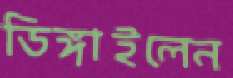
ডিঙ্গাইলেন